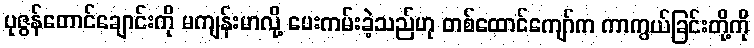
ပုဇွန်တောင်ချောင်းကို မကျန်းမာလို့ ပေးကမ်းခဲ့သည်ဟု တစ်ထောင်ကျော်က ကာကွယ်ခြင်းတို့ကို